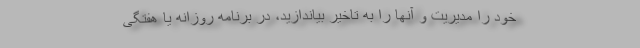
خود را مدیریت و آنها را به تاخیر بیاندازید، در برنامه روزانه یا هفتگی